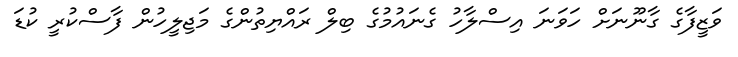
ވަޒީފާގެ ގާނޫނަށް ހަވަނަ އިސްލާހު ގެނައުމުގެ ބިލް ރައްޔިތުންގެ މަޖިލީހުން ފާސްކުރީ ކުޑަ